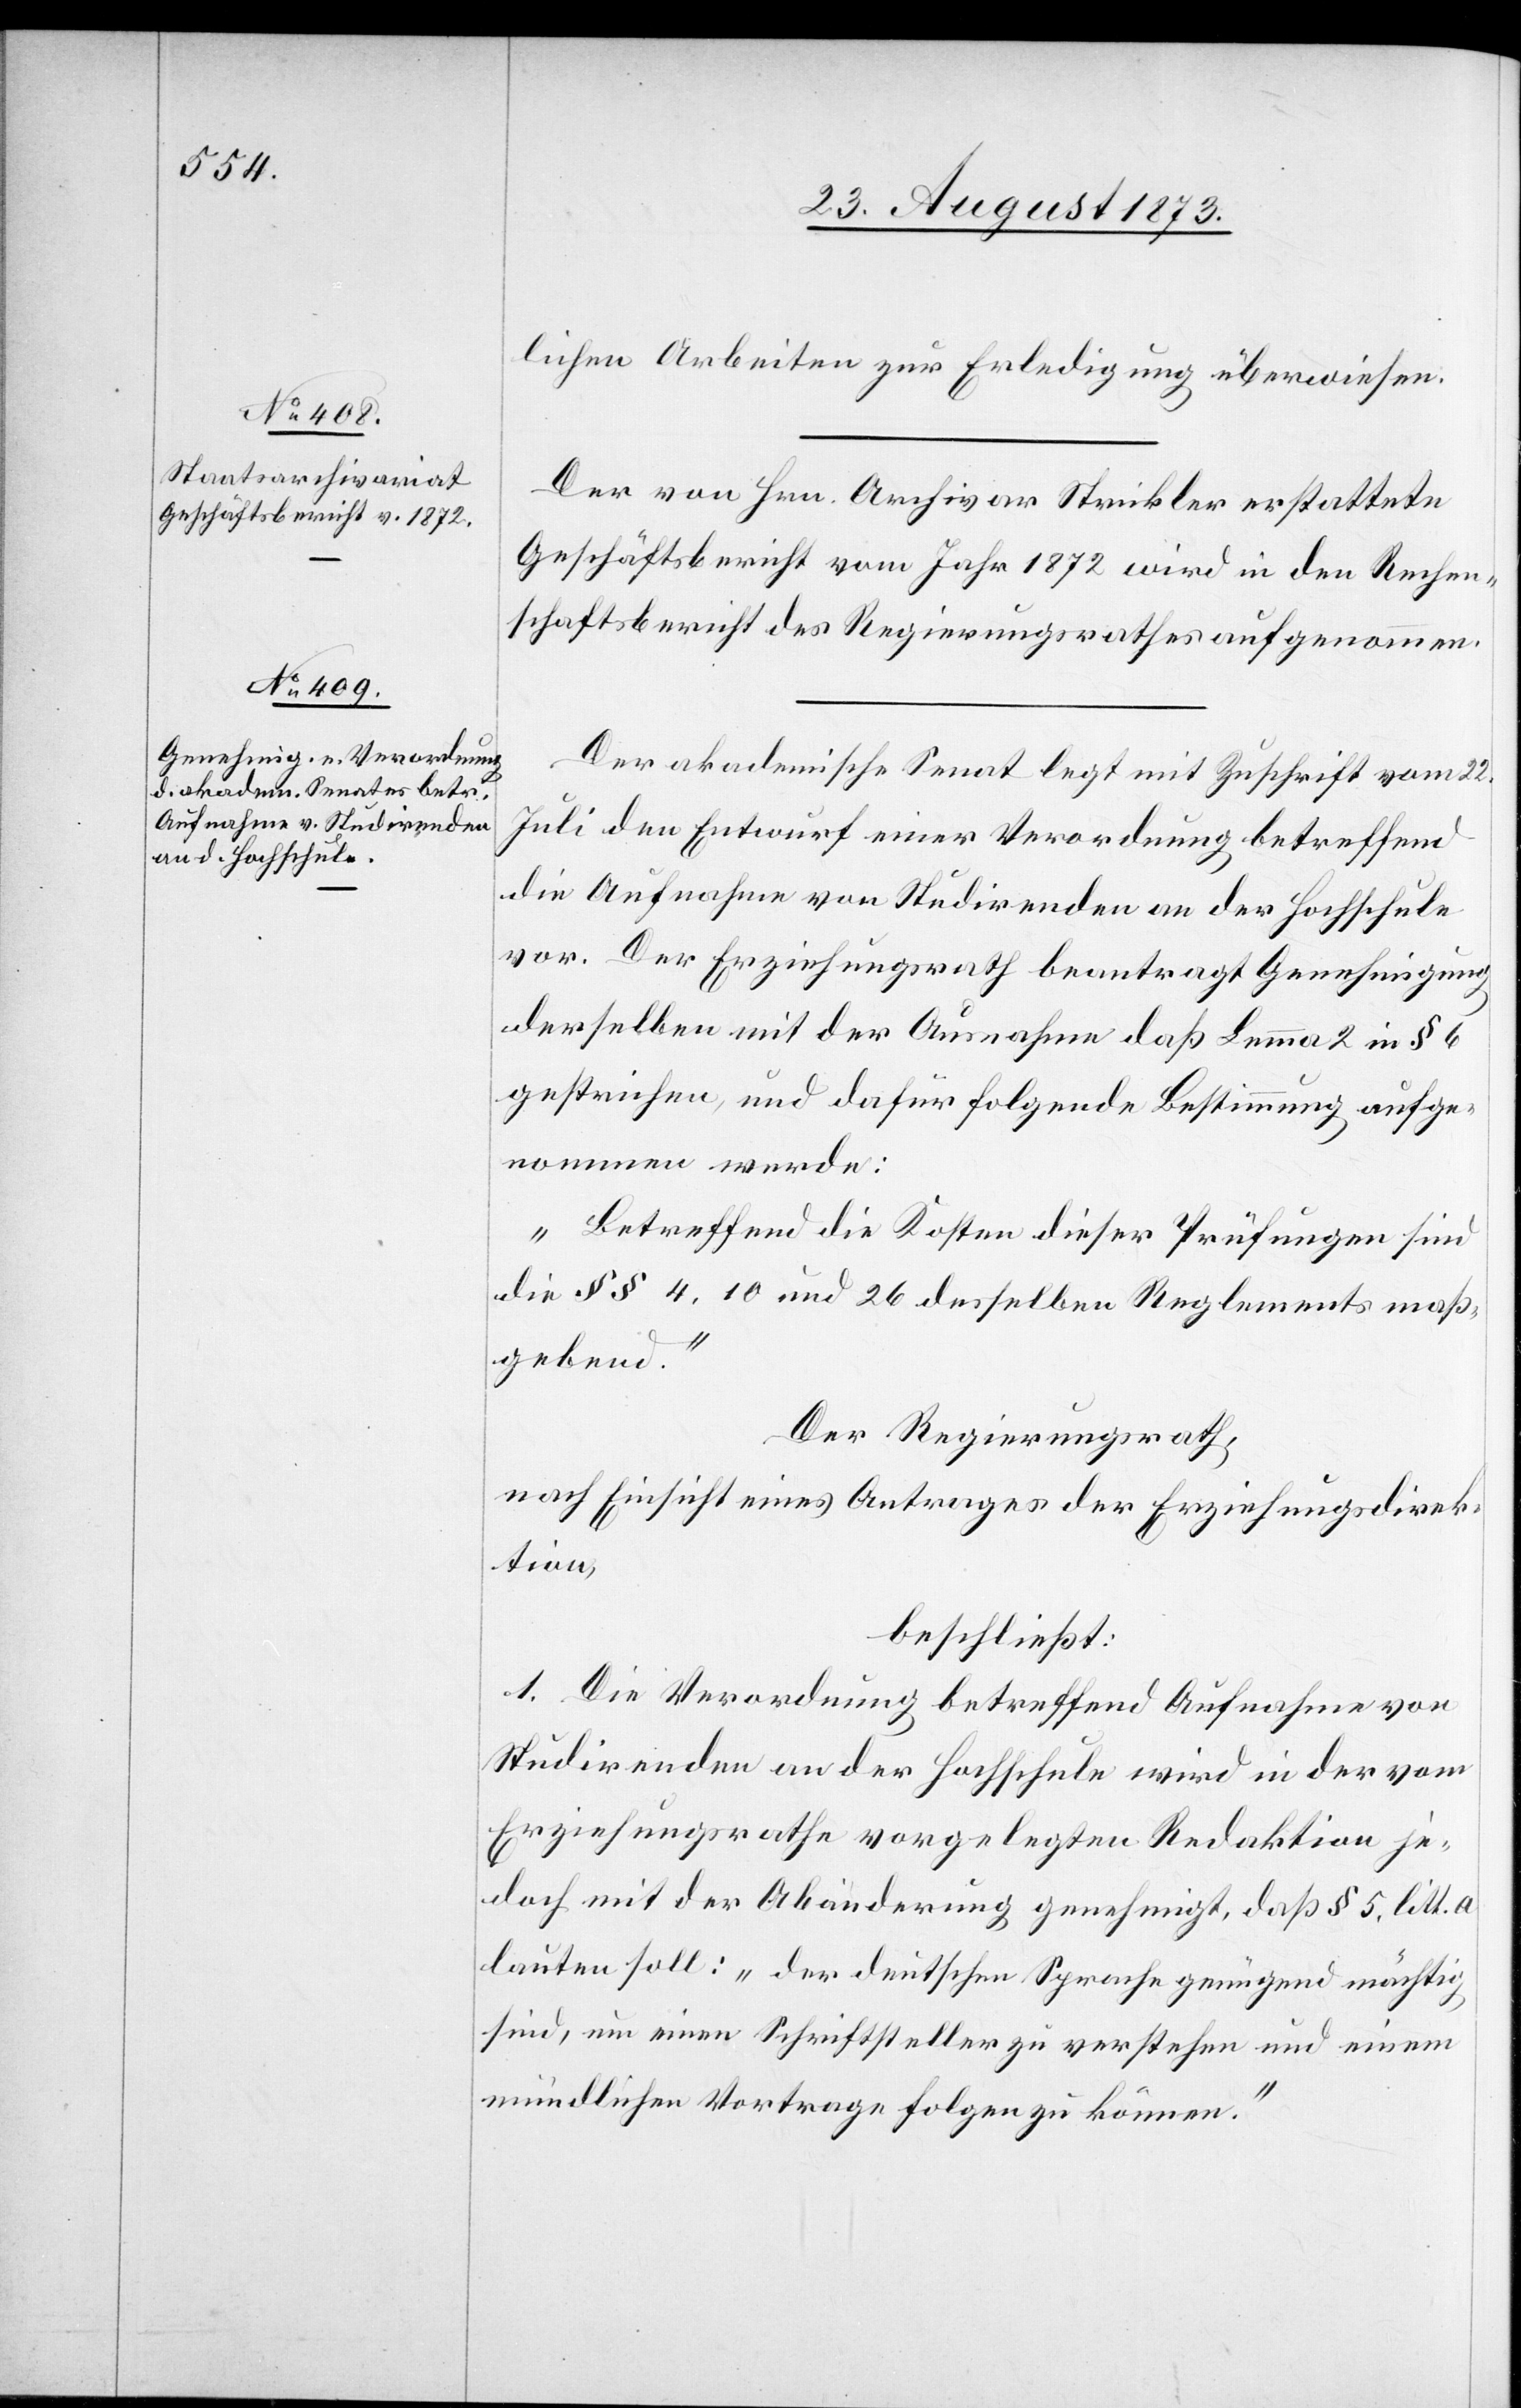
lichen Arbeiten zur Erledigung überwiesen.
Der von Hrn. Archivar Strickler erstattete
Geschäftsbericht vom Jahr 1872 wird in den Rechen¬
schaftsbericht des Regierungsrathes aufgenommen.
Der akademische Senat legt mit Zuschrift vom 22.
Juli den Entwurf einer Verordnung betreffend
die Aufnahme von Studirenden an der Hochschule
vor. Der Erziehungsrath beantragt Genehmigung
derselben mit der Ausnahme daß Lemma 2 in § 6
gestrichen, und dafür folgende Bestimmung aufge¬
nommen werde:
„Betreffend die Kosten dieser Prüfungen sind
die §§ 4, 10 und 26 desselben Reglements maß¬
gebend.“
Der Regierungsrath,
nach Einsicht eines Antrages der Erziehungsdirek¬
tion,
beschließt:
1. Die Verordnung betreffend Aufnahme von
Studirenden an der Hochschule wird in der vom
Erziehungsrathe vorgelegten Redaktion je¬
doch mit der Abänderung genehmigt, daß § 5, litt. a
lauten soll: „der deutschen Sprache genügend mächtig
sind, um einen Schriftsteller zu verstehen und einem
mündlichen Vortrage folgen zu können.“